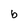
Character: b